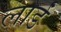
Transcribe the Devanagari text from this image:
लार्डं